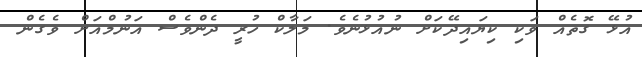
އުޅޭ ގޮތެއް ވަކި ކިޔައިދޭކަށް ނުއުޅުނެވެ. މަލާކް ހުރީ ދެންވެސް އަނުމްއަށް ވެގެން